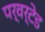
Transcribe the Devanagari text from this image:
पर्वर्टेड